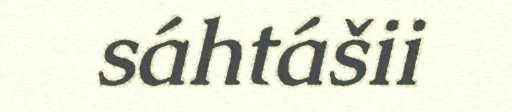
sáhtášii